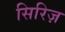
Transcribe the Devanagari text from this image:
सिरिज़